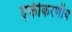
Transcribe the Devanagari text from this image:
एकीकरणीय